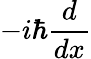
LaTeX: -i\hbar{\frac{d}{dx}}